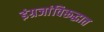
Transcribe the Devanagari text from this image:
इंग्रजांविरूद्धात